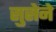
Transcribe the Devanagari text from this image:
सुसेने